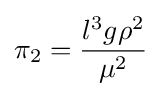
\pi _{2}={\frac {l^{3}g\rho ^{2}}{\mu ^{2}}}